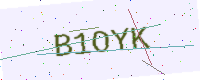
Text: B1OYK